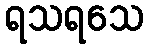
ရသရသေ